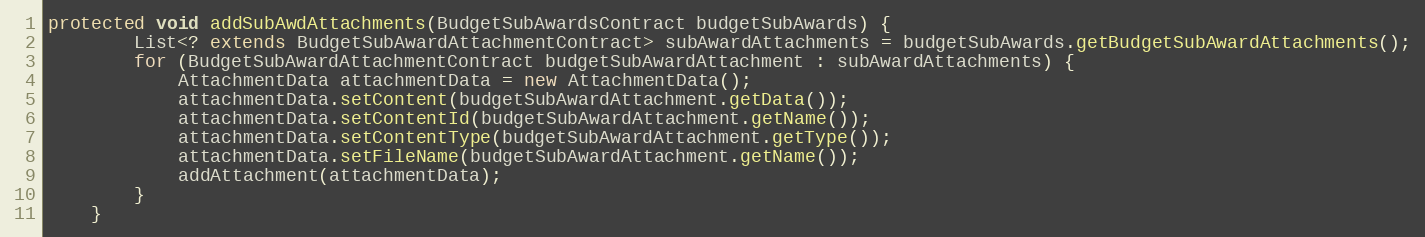
Language: Java
protected void addSubAwdAttachments(BudgetSubAwardsContract budgetSubAwards) {
        List<? extends BudgetSubAwardAttachmentContract> subAwardAttachments = budgetSubAwards.getBudgetSubAwardAttachments();
        for (BudgetSubAwardAttachmentContract budgetSubAwardAttachment : subAwardAttachments) {
            AttachmentData attachmentData = new AttachmentData();
            attachmentData.setContent(budgetSubAwardAttachment.getData());
            attachmentData.setContentId(budgetSubAwardAttachment.getName());
            attachmentData.setContentType(budgetSubAwardAttachment.getType());
            attachmentData.setFileName(budgetSubAwardAttachment.getName());
            addAttachment(attachmentData);
        }
    }